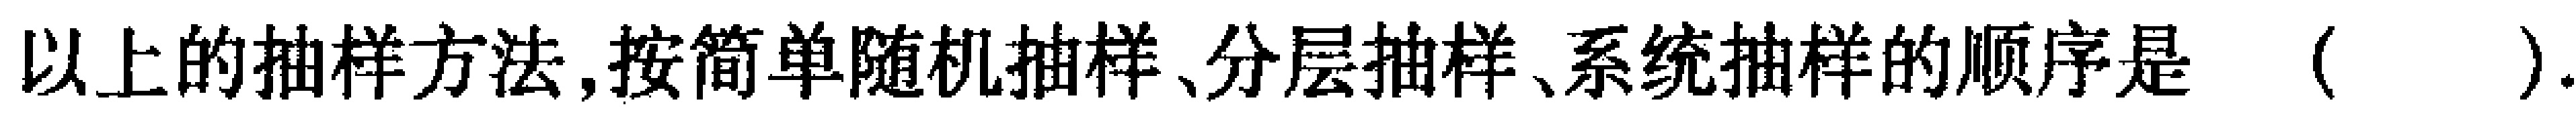
以上的抽样方法,按简单随机抽样、分层抽样、系统抽样的顺序是 （  ）